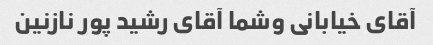
آقای خیابانی وشما آقای رشید پور نازنین